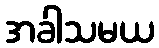
အခါသမယ